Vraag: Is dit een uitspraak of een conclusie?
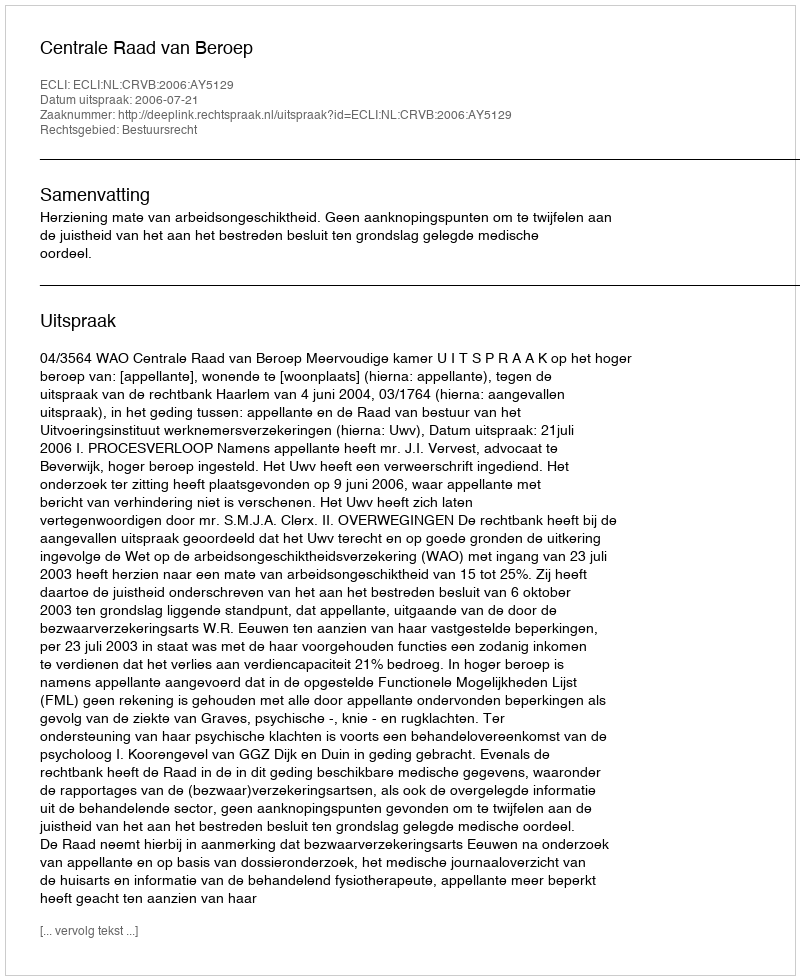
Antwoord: Uitspraak